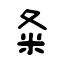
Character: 夈